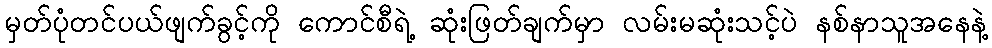
မှတ်ပုံတင်ပယ်ဖျက်ခွင့်ကို ကောင်စီရဲ့ ဆုံးဖြတ်ချက်မှာ လမ်းမဆုံးသင့်ပဲ နစ်နာသူအနေနဲ့